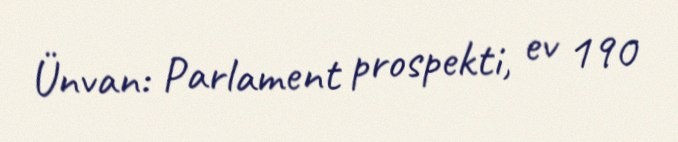
Ünvan: Parlament prospekti, ev 190